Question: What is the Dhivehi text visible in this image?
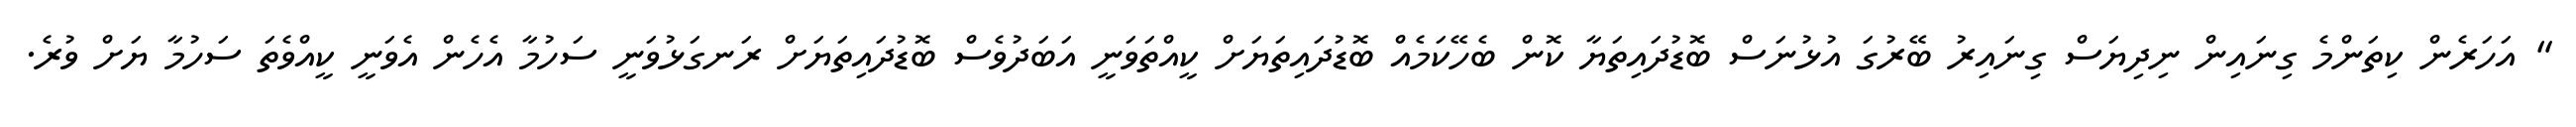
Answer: " އަހަރެން ކިތަންމެ ގިނައިން ނިދިޔަސް ގިނައިރު ބޭރުގަ އުޅުނަސް ބޮޑުދައިތަޔާ ކޮން ބެހޭކަމެއް ބޮޑުދައިތަޔަށް ކީއްތަވަނީ އަބަދުވެސް ބޮޑުދައިތަޔަށް ރަނގަޅުވަނީ ސަހުމާ އެހެން އެވަނީ ކީއްވެތަ ސަހުމާ ޔަށް ވުރެ.